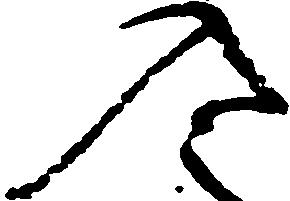
入